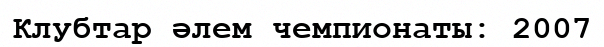
Клубтар әлем чемпионаты: 2007